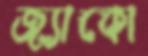
জ্যাকো